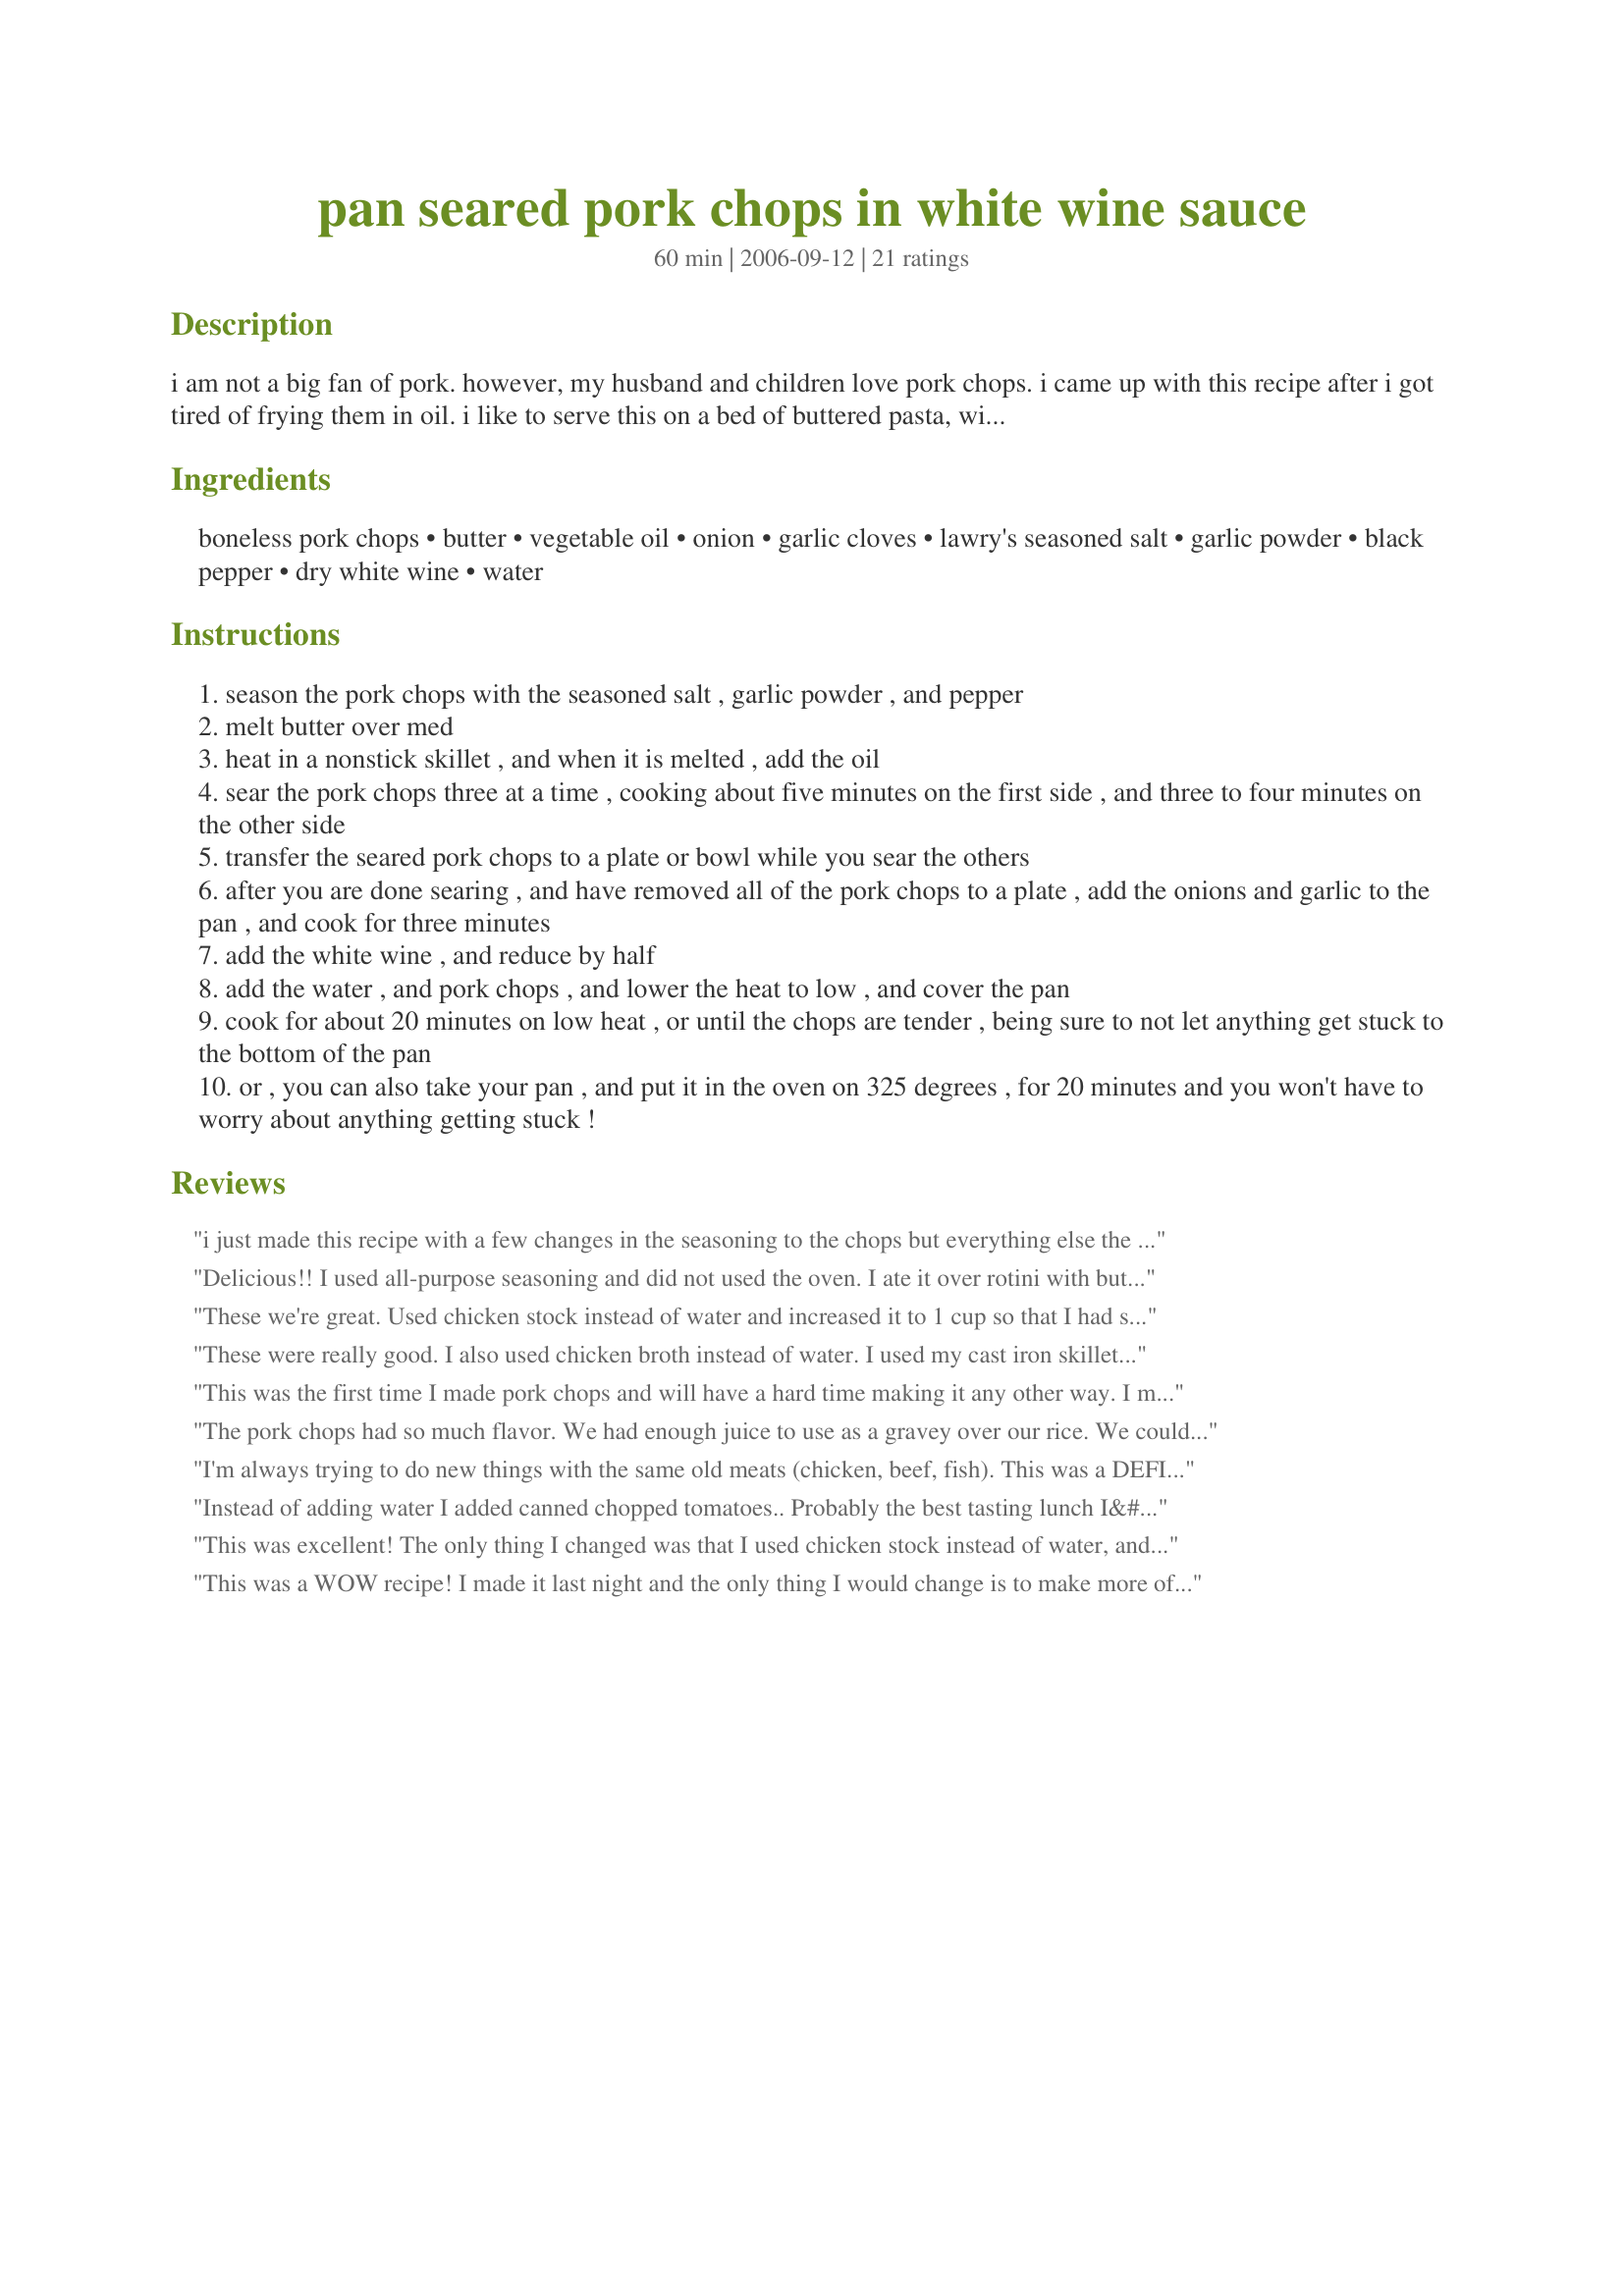
pan seared pork chops in white wine sauce
Preparation time: 60 minutes

i am not a big fan of pork. however, my husband and children love pork chops. i came up with this recipe after i got tired of frying them in oil. i like to serve this on a bed of buttered pasta, with a nice mixed salad on the side.enjoy!

Ingredients:
boneless pork chops, butter, vegetable oil, onion, garlic cloves, lawry's seasoned salt, garlic powder, black pepper, dry white wine, water

Steps:
season the pork chops with the seasoned salt , garlic powder , and pepper
melt butter over med
heat in a nonstick skillet , and when it is melted , add the oil
sear the pork chops three at a time , cooking about five minutes on the first side , and three to four minutes on the other side
transfer the seared pork chops to a plate or bowl while you sear the others
after you are done searing , and have removed all of the pork chops to a plate , add the onions and garlic to the pan , and cook for three minutes
add the white wine , and reduce by half
add the water , and pork chops , and lower the heat to low , and cover the pan
cook for about 20 minutes on low heat , or until the chops are tender , being sure to not let anything get stuck to the bottom of the pan
or , you can also take your pan , and put it in the oven on 325 degrees , for 20 minutes and you won't have to worry about anything getting stuck !

Reviews:
i just made this recipe with a few changes in the seasoning to the chops but everything else the same..it was AMAZING. i've made pork chops many times and they never come out right, always too dry or something, but this recipe was great! thanks for sharing it.
Delicious!! I used all-purpose seasoning and did not used the oven. I ate it over rotini with butter and aromat and it was perfect. My bf was very pleased. This is definitely a keeper. Thanks for posting!!
These we're great. Used chicken stock instead of water and increased it to 1 cup so that I had sauce for mashed potatoes. Added a little time and oregano ton pork cutlets before cooking. My family loved this.
These were really good. I also used chicken broth instead of water. I used my cast iron skillet so I could finish them up in the oven.
This was the first time I made pork chops and will have a hard time making it any other way. I made it for my boyfriend who loved it so much he wanted it again the flowing night. I didn't have seasoned salt on hand so I used some regular salt. Other than that the recipe is easy and delicious.
The pork chops had so much flavor. We had enough juice to use as a gravey over our rice. We couldn&#039;t get enough so ,so good! A must try!!
I'm always trying to do new things with the same old meats (chicken, beef, fish). This was a DEFINITE winner with pork at the helm! My mom and husband loved this. Thanks javagirl81! It's a keeper!
Instead of adding water I added canned chopped tomatoes.. Probably the best tasting lunch I&#039;ve made this year.. Thank you!
This was excellent! The only thing I changed was that I used chicken stock instead of water, and I used a full cup so we'd have a little more sauce. I served it with baked acorn squash with brown sugar, and roasted broccoli. My family loved it!
This was a WOW recipe! I made it last night and the only thing I would change is to make more of the rub. Really a nice flavor and very moist. Definitely a keeper!
These pork chops were so moist! Thumbs up from the fiance and I. Thanks for a great recipe. :)
I also loved this recipe! I used boneless pork chops &amp; they were perfectly cooked and the juice was so flavorful. I will probably use more wine next time for more sauce &amp; I seived the sauce before serving. Definitely my new favorite way to make pork chops!
Very easy and very VERY good. I too used chicken broth instead of water and thickened the sauce with flour and water before serving. Will definitely make again.
I absolutely loved this recipe! The pork (I used boneless pork chops) were perfectly cooked and the juice was so flavorful. I actually used twice the amount of wine on accident (was cutting the recipe in half but forgot when I added the wine) and it still turned out so flavorful and delicious. Definitely my new favorite way to make pork chops!
Was low on flavor. Followed recipe. Had to add hot sauce for flavor... Not empressed.
Very delicious chop preparation! I substituted marsala wine for the white wine, and used shallot in place of the onion. Tremendously flavorful recipe that goes together with ease. I served each chop over a bed of polenta, with the pan drippings, and fresh parsley over all. Everyone ate to their hearts' content. Winner!
Good but mine were somewhat dry--probably my fault. I'll try again and apply stars then. :-)
Doubled the liquid content in error as was cutting the quantities in half for three chops. Added green pepper, mushrooms, and a selection of dried herbs. Popped in the oven for the final cooking and produced a wonderful flavoursome sauce, with perfectly cooked chops.
Made this recipe this evening and it was delicious! Everyone said it was excellent. A keeper! I doubled the white wine to 1/2 cup and added 1/4 cup chicken stock instead of the water. Otherwise I followed the recipe exactly. The sauce tastes like French Onion soup, served with red potatoes roasted with rosemary and olive oil, fast and easy. Thanks so much!
EXCELLANT! My husband couldn't stop raving. He is allergic to wheat so I am always looking for new meat/fish recipes to spice up his dinners and this fit the bill!
I used fresh minced shallots along with more garlic than called for. I used chicken stock instead of the water to add some flavor. Very easy to make.
